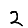
Digit: 2